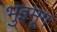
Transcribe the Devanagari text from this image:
भुइमूग